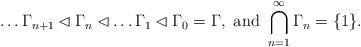
LaTeX: \begin{align*}\ldots \Gamma_{n+1} \lhd \Gamma_n \lhd \ldots \Gamma_1 \lhd \Gamma_0 = \Gamma, \mbox{ and } \bigcap_{n=1}^\infty \Gamma_n= \{1\}.\end{align*}